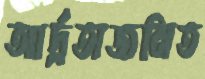
আর্দ্রতাজনিত